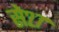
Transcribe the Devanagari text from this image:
से२७